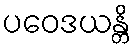
ပဝေဒယန္တိ